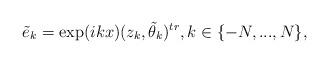
LaTeX: \begin{align*}\tilde e_k=\exp(ikx)(z_k, \tilde\theta_k)^{tr}, k \in \{-N, ..., N\} ,\end{align*}